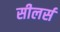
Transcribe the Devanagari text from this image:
सीलर्स